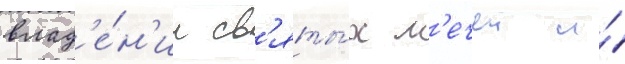
влад'е́н'ии св'яты́х м'ечеи и́